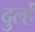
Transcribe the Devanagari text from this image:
दुल्हेँ